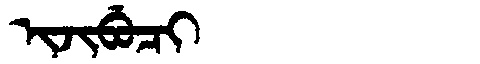
Manchu: ᡳᠵᡳᠪᡠᠴᡳ
Romanization: IJIBUCI